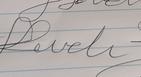
Signature authenticity: forged